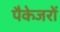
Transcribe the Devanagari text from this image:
पैकेजरों